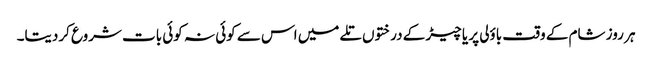
ہر روز شام کے وقت باؤلی پر یا چیڑ کے درختوں تلے میں اس سے کوئی نہ کوئی بات شروع کردیتا۔